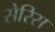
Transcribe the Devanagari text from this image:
सेरिस